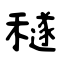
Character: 穟